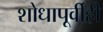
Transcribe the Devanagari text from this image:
शोधापूर्वीही